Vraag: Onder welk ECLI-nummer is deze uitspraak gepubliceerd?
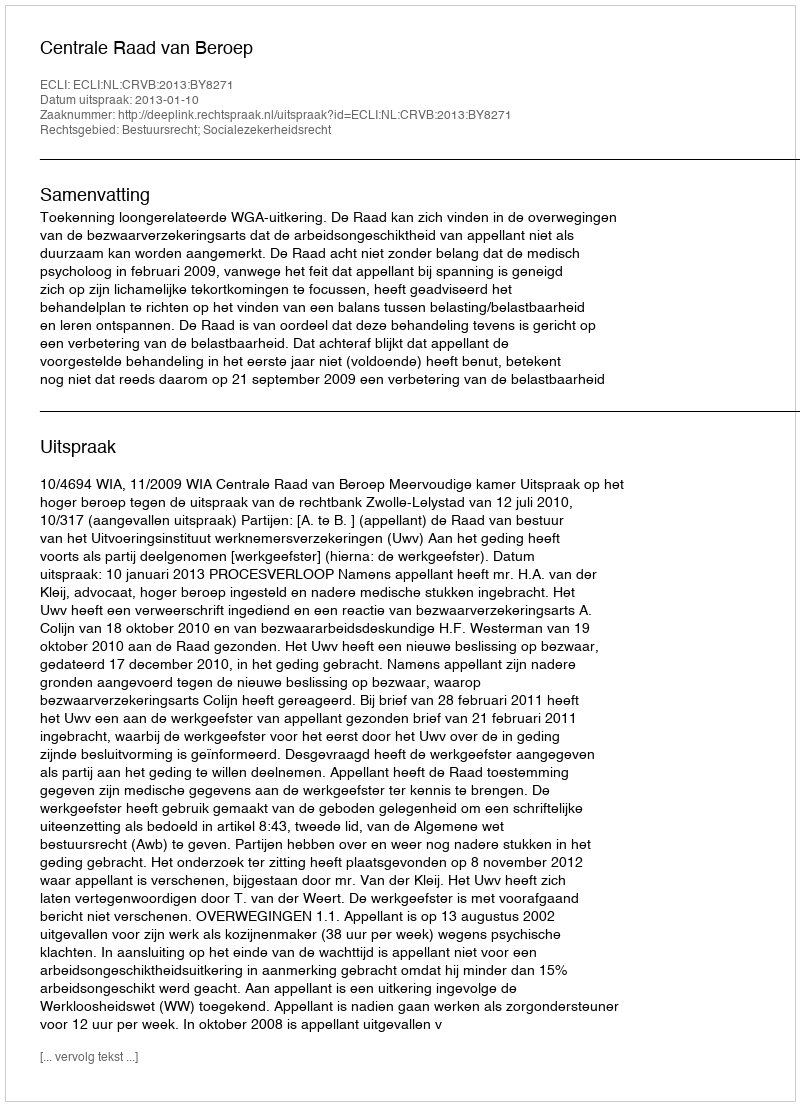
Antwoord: ECLI:NL:CRVB:2013:BY8271